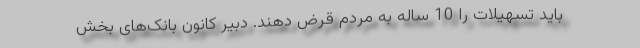
باید تسهیلات را 10 ساله به مردم قرض دهند. دبیر کانون بانک‌های بخش